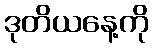
ဒုတိယနေ့ကို